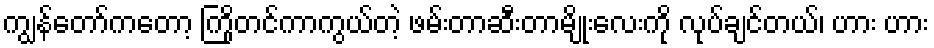
ကျွန်တော်ကတော့ ကြိုတင်ကာကွယ်တဲ့ ဖမ်းတာဆီးတာမျိုးလေးကို လုပ်ချင်တယ်၊ ဟား ဟား